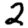
Digit: 2